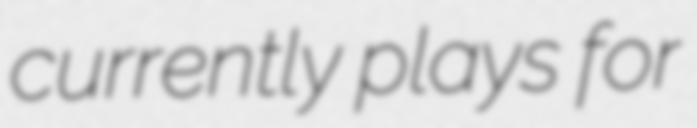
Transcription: currently plays for